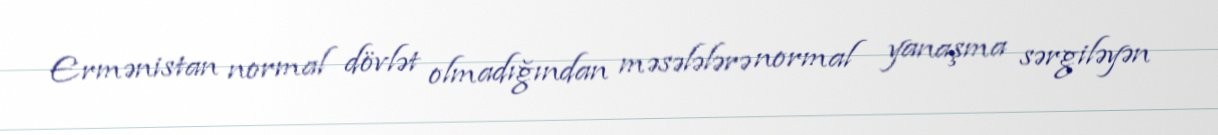
Ermənistan normal dövlət olmadığından məsələlərə normal yanaşma sərgiləyən